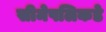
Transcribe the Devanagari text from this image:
सीमेपलिकडे